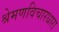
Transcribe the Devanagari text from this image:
श्रेमणविचारधारा